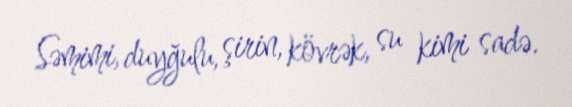
Səmimi, duyğulu, şirin, kövrək, su kimi sadə.